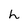
Character: h